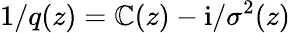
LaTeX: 1/q(z)=\mathbb{C}(z)-\mathrm{{i}}/\sigma^{2}(z)